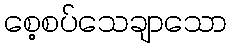
စေ့စပ်သေချာသော